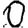
Digit: 0